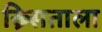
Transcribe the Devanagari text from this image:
ख्र्सिताला